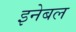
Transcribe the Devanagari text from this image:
इनेबल